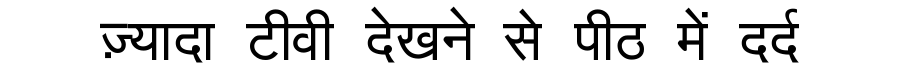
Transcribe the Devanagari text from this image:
ज़्यादा टीवी देखने से पीठ में दर्द